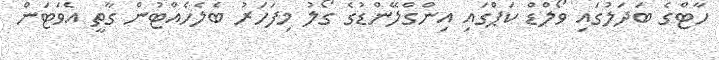
ހާޓްގެ ބަދަލުގައި ވޯލްޑް ކަޕްގައި އިންގްލޭންޑުގެ ގޯލު މިފަހަރު ބެލެހެއްޓުން ގާތީ އެވަޓަން